Senior Leaving Certificate Examination (including Day School Certificate (Higher) General paper), 1946
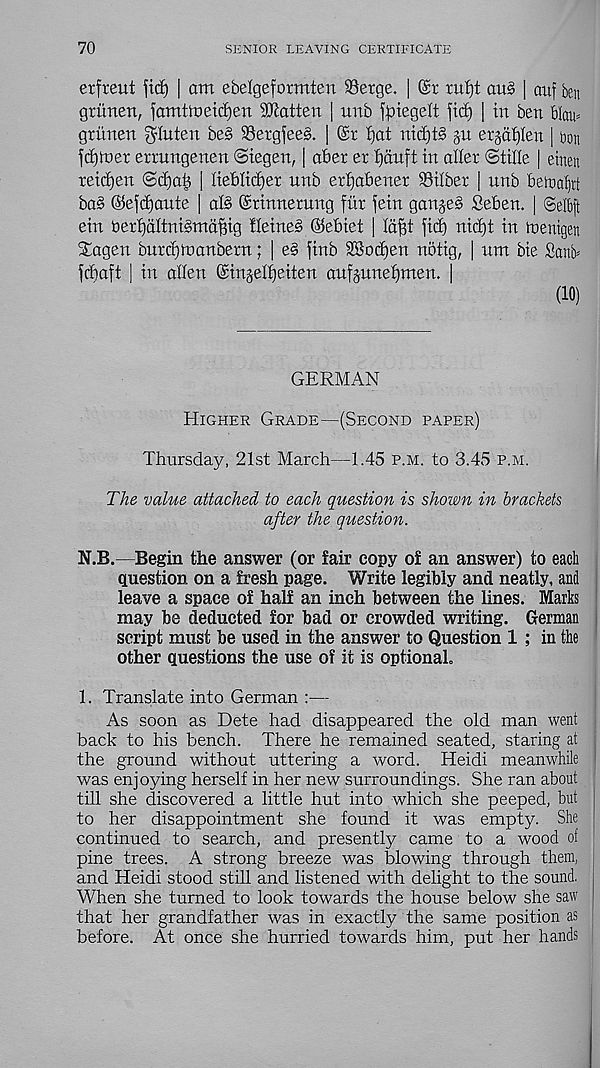
70
SENIOR LEAVING CERTIFICATE
erfreut fid) | am ebelgeformten Serge. | @r tui)t au§ | aitf ben
grunen, famtmeidjen dJlatten ] unb f^iegelt fid) | in ben blau*
griinen gluten be§ Sergfee§. | ©r fjat nid)t§ p erjdtjten | bon
fdjmer errungenen Siegen, | after er fjanft in alter ©tille | einen
reid)en @d)aft [ lieftlidjer unb ertjaftener Silber | unb ftetra^t
ba§ @efd)aute | als ©rinnerung fiir fein ganged Seften. | (Selbft
ein t)ert)dltni§mcif3ig fleine§ ©eftiet [ Idfd ficft nid)t in tnenigen
Sagen bnrdjmanbern; | e§ finb 3Bod)en notig, | nm bie Sanb*
fcftaft | in alien ©ingelljeiten aufpnefjmen. |
(10)
GERMAN
Higher Grade—(Second paper)
Thursday, 21st March—1.45 p.m. to 3.45 p.m.
The value attached to each question is shown in brackets
after the question.
N.B.—Begin the answer (or fair copy of an answer) to each
question on a fresh page. Write legibly and neatly, and
leave a space of half an inch between the lines. Marks
may be deducted for bad or crowded writing. German
script must be used in the answer to Question 1 ; in the
other questions the use of it is optional.
1. Translate into German :—
As soon as Dete had disappeared the old man went
back to his bench. There he remained seated, staring at
the ground without uttering a word. Heidi meanwhile 1
was enjoying herself in her new surroundings. She ran about
till she discovered a little hut into which she peeped, but
to her disappointment she found it was empty. She
continued to search, and presently came to a wood of
pine trees. A strong breeze was blowing through them,
and Heidi stood still and listened with delight to the sound.
When she turned to look towards the house below she saw
that her grandfather was in exactly the same position as
before. At once she hurried towards him, put her hands